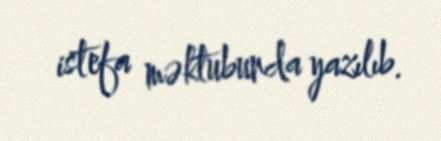
istefa məktubunda yazılıb.